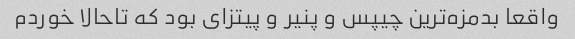
واقعا بدمزه‌ترین چیپس و پنیر و پیتزای بود که تاحالا خوردم